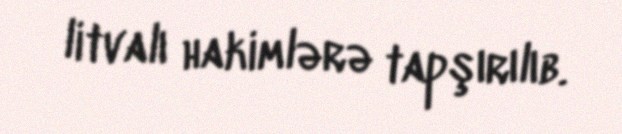
litvalı hakimlərə tapşırılıb.